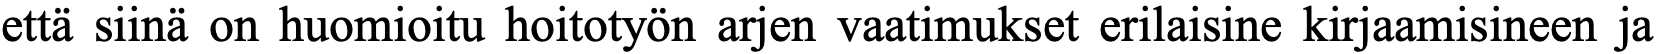
että siinä on huomioitu hoitotyön arjen vaatimukset erilaisine kirjaamisineen ja